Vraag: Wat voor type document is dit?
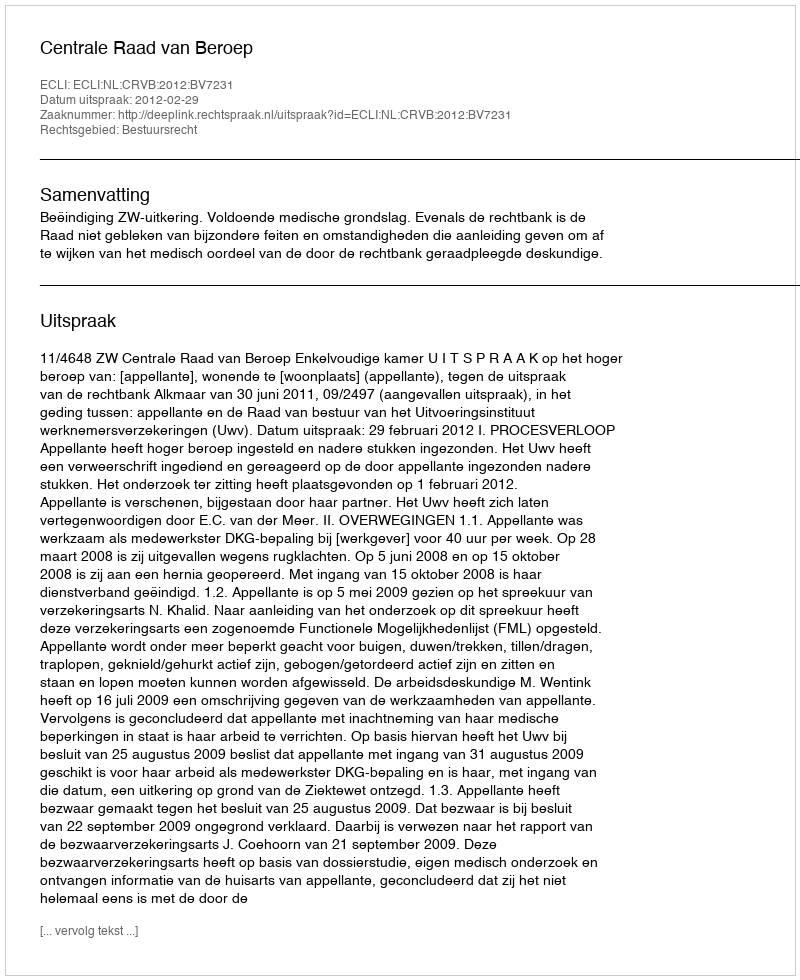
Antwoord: Uitspraak